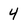
Character: 4